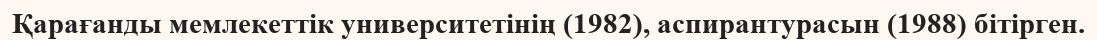
Қарағанды мемлекеттік университетінің (1982), аспирантурасын (1988) бітірген.